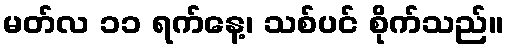
မတ်လ ၁၁ ရက်နေ့၊ သစ်ပင် စိုက်သည်။